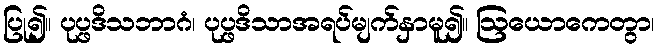
ပြု၍။ ပုပ္ဖဒိသဘာဂံ၊ ပုပ္ဖဒိသာအရပ်မျက်နှာမူ၍။ ဩယောကေတွာ၊